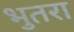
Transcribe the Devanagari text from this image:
भुतरा